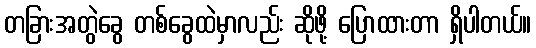
တခြားအတွဲခွေ တစ်ခွေထဲမှာလည်း ဆိုဖို့ ပြောထားတာ ရှိပါတယ်။